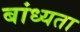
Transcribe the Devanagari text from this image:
बांध्यता